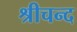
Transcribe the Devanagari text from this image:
श्रीचन्द